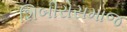
શિબીરોસમાજ